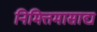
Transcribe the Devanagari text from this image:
निमित्तमासाद्य